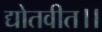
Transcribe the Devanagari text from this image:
द्योतवीत।।